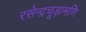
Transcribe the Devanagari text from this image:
रसेन्द्रचूड़ामणि